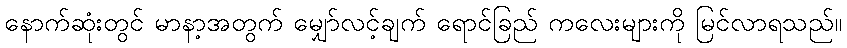
နောက်ဆုံးတွင် မာနာ့အတွက် မျှော်လင့်ချက် ရောင်ခြည် ကလေးများကို မြင်လာရသည်။